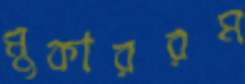
মুকাররম